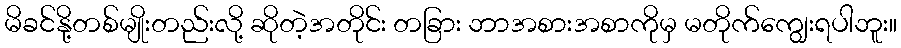
မိခင်နို့တစ်မျိုးတည်းလို့ ဆိုတဲ့အတိုင်း တခြား ဘာအစားအစာကိုမှ မတိုက်ကျွေးရပါဘူး။